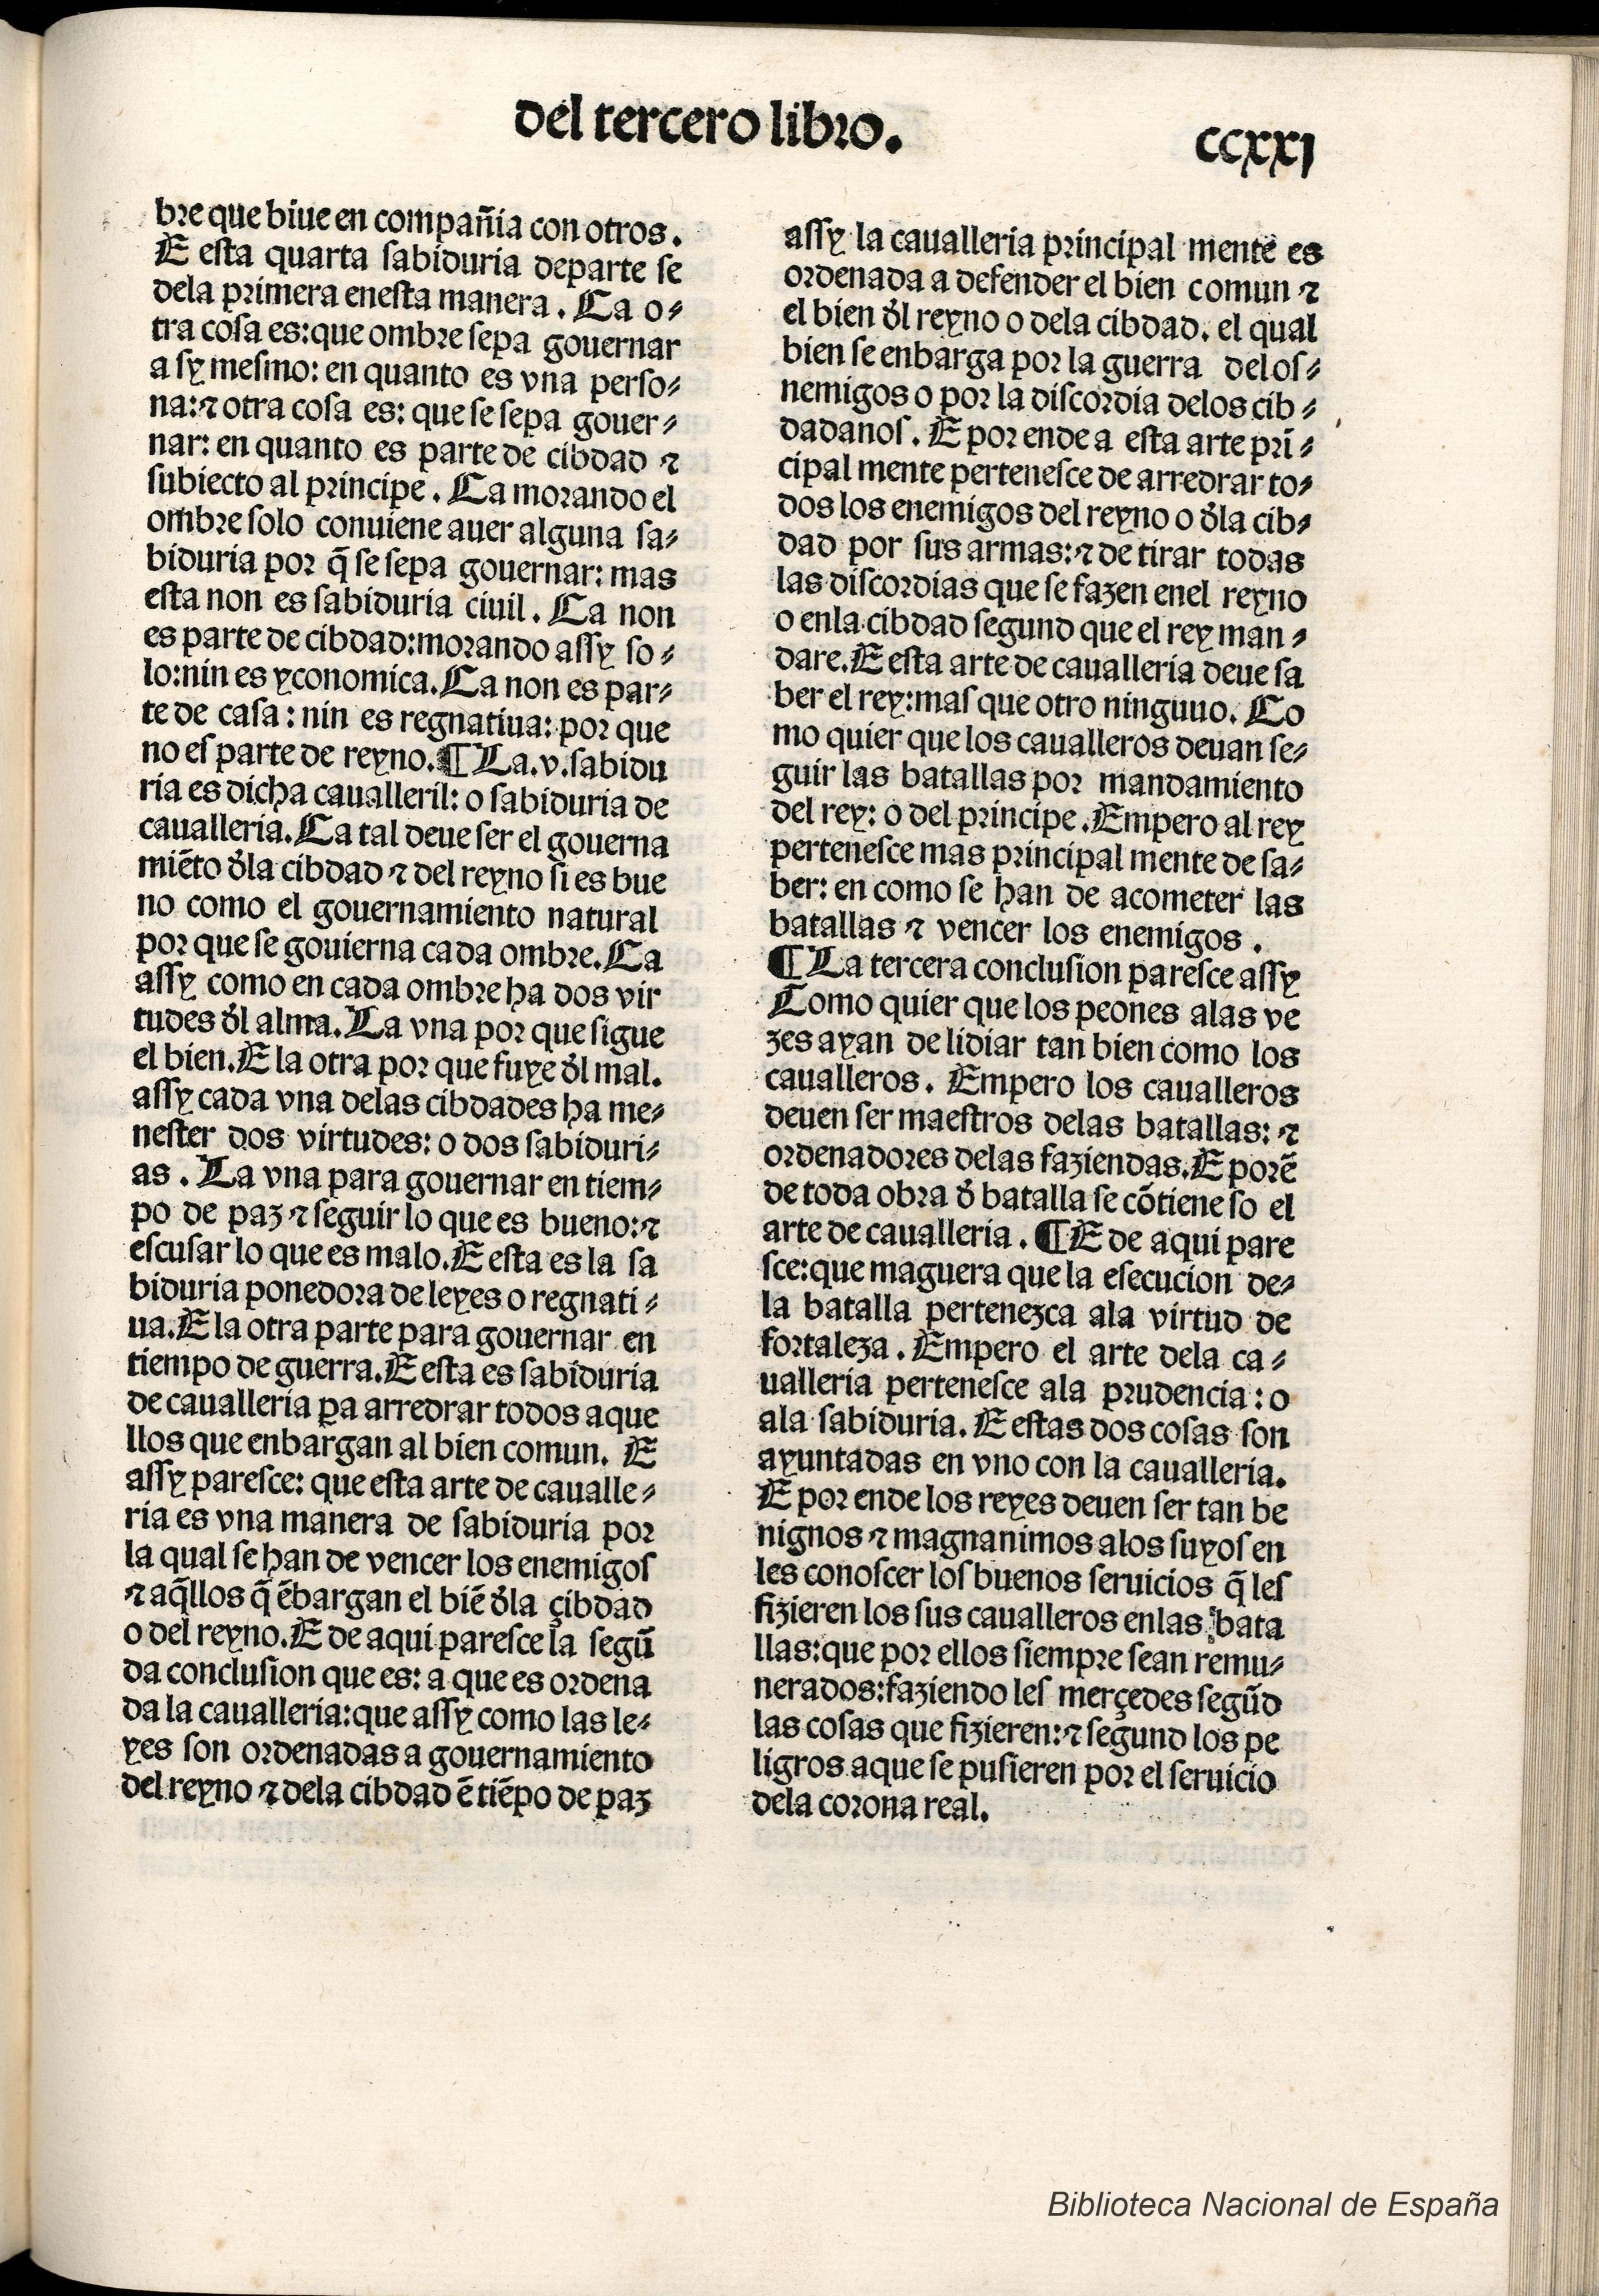
Shelfmark: Madrid, BNE, Inc. 901
Century: 15